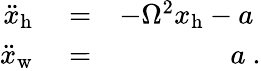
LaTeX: \begin{array}{rlr}{\ddot{x}_{\mathrm{h}}}&{{}=}&{-\Omega^{2}x_{\mathrm{h}}-a~}\\ {\ddot{x}_{\mathrm{w}}}&{{}=}&{a~.}\end{array}